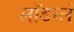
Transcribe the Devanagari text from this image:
लॉडरले